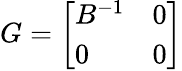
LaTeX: G={\left[\begin{array}{ll}{B^{-1}}&{0}\\ {0}&{0}\end{array}\right]}